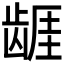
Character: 𱌷